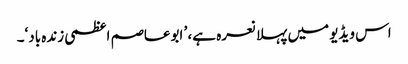
اس ویڈیو میں پہلا نعرہ ہے، ’ ابوعاصم اعظمی زندہ باد‘۔